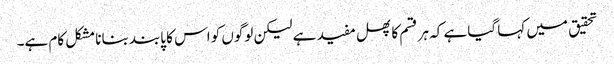
تحقیق میں کہا گیا ہے کہ ہر قسم کا پھل مفید ہے لیکن لوگوں کو اس کا پابند بنانا مشکل کام ہے۔